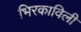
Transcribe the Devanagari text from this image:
भिरकाविली